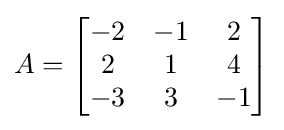
A={\begin{bmatrix}-2&-1&2\\2&1&4\\-3&3&-1\end{bmatrix}}